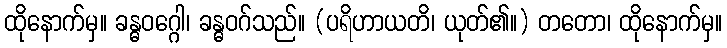
ထိုနောက်မှ။ ခန္ဓဝဂ္ဂေါ၊ ခန္ဓဝဂ်သည်။ (ပရိဟာယတိ၊ ယုတ်၏။) တတော၊ ထိုနောက်မှ။